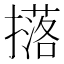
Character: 𭢥